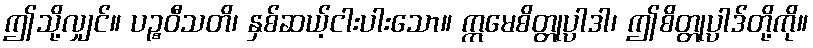
ဤသို့လျှင်။ ပဉ္စဝီသတိ၊ နှစ်ဆယ့်ငါးပါးသော။ ဣမေစိတ္တုပ္ပါဒါ၊ ဤစိတ္တုပ္ပါဒ်တို့ကို။